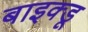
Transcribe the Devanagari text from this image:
बाइक्डू